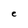
Character: C